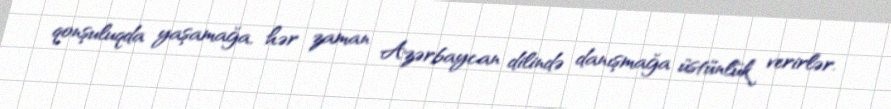
qonşuluqda yaşamağa, hər zaman Azərbaycan dilində danışmağa üstünlük verirlər.